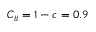
C _ { i i } = 1 - c = 0 . 9